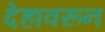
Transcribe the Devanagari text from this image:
देहावरून